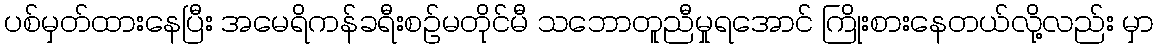
ပစ်မှတ်ထားနေပြီး အမေရိကန်ခရီးစဉ်မတိုင်မီ သဘောတူညီမှုရအောင် ကြိုးစားနေတယ်လို့လည်း မှာ